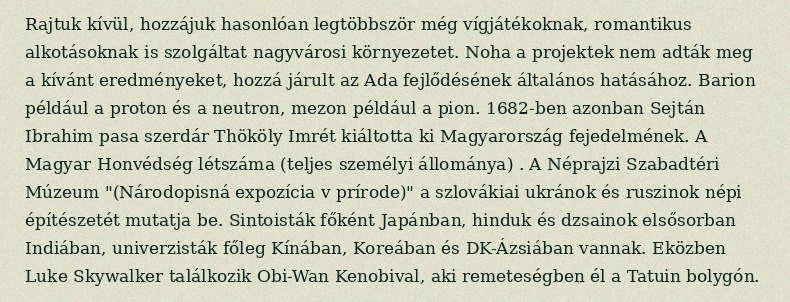
Rajtuk kívül, hozzájuk hasonlóan legtöbbször még vígjátékoknak, romantikus alkotásoknak is szolgáltat nagyvárosi környezetet. Noha a projektek nem adták meg a kívánt eredményeket, hozzá járult az Ada fejlődésének általános hatásához. Barion például a proton és a neutron, mezon például a pion. 1682-ben azonban Sejtán Ibrahim pasa szerdár Thököly Imrét kiáltotta ki Magyarország fejedelmének. A Magyar Honvédség létszáma (teljes személyi állománya) . A Néprajzi Szabadtéri Múzeum "(Národopisná expozícia v prírode)" a szlovákiai ukránok és ruszinok népi építészetét mutatja be. Sintoisták főként Japánban, hinduk és dzsainok elsősorban Indiában, univerzisták főleg Kínában, Koreában és DK-Ázsiában vannak. Eközben Luke Skywalker találkozik Obi-Wan Kenobival, aki remeteségben él a Tatuin bolygón.